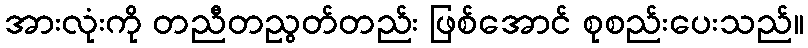
အားလုံးကို တညီတညွတ်တည်း ဖြစ်အောင် စုစည်းပေးသည်။